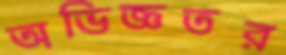
অভিজ্ঞতর